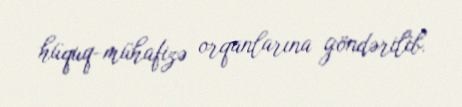
hüquq-mühafizə orqanlarına göndərilib.